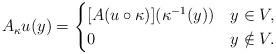
LaTeX: \begin{align*} A_\kappa u(y)= \begin{cases} [A(u\circ\kappa)](\kappa^{-1}(y)) &y\in V,\\ 0 &y\notin V. \end{cases}\end{align*}